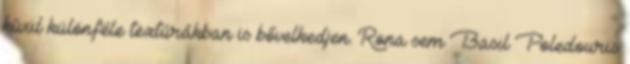
kívül különféle textúrákban is bővelkedjen. Rona sem Basil Poledouris